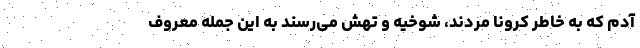
آدم که به خاطر کرونا مُردند، شوخیه و تهش می‌رسند به این جمله معروف